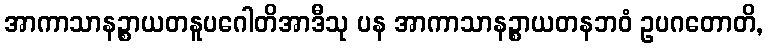
အာကာသာနဉ္စာယတနူပဂေါတိအာဒီသု ပန အာကာသာနဉ္စာယတနဘဝံ ဥပဂတောတိ,